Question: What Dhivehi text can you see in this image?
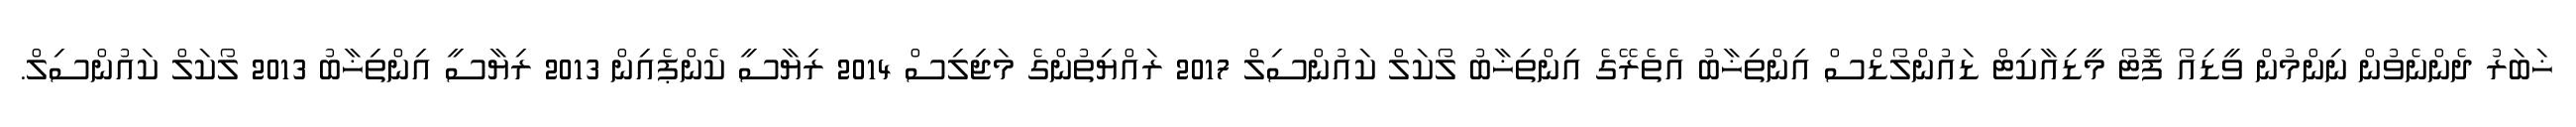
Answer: ޚަބަރު ދެންނެވުން ނިންމުން ވީޑިއޯ ފޮޓޯ މީޑިއާކިޓް ޑައުންލޯޑްސް އިންތިޚާބު އެތެރޭގެ އިންތިޚާބު ލޯކަލް ކައުންސިލް 2017 ރައްޔިތުންގެ މަޖިލިސް 2014 ރިޔާސީ ކެންޕެއިން 2013 ރިޔާސީ އިންތިޚާބު 2013 ލޯކަލް ކައުންސިލް.